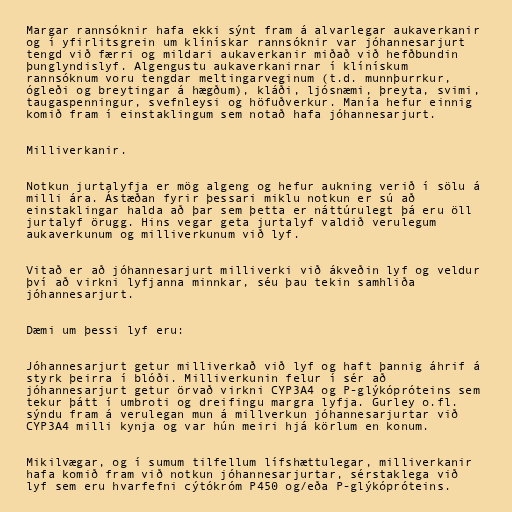
Margar rannsóknir hafa ekki sýnt fram á alvarlegar aukaverkanir
og í yfirlitsgrein um klínískar rannsóknir var jóhannesarjurt
tengd við færri og mildari aukaverkanir miðað við hefðbundin
þunglyndislyf. Algengustu aukaverkanirnar í klínískum
rannsóknum voru tengdar meltingarveginum (t.d. munnþurrkur,
ógleði og breytingar á hægðum), kláði, ljósnæmi, þreyta, svimi,
taugaspenningur, svefnleysi og höfuðverkur. Manía hefur einnig
komið fram í einstaklingum sem notað hafa jóhannesarjurt.

Milliverkanir.

Notkun jurtalyfja er mög algeng og hefur aukning verið í sölu á
milli ára. Ástæðan fyrir þessari miklu notkun er sú að
einstaklingar halda að þar sem þetta er náttúrulegt þá eru öll
jurtalyf örugg. Hins vegar geta jurtalyf valdið verulegum
aukaverkunum og milliverkunum við lyf.

Vitað er að jóhannesarjurt milliverki við ákveðin lyf og veldur
því að virkni lyfjanna minnkar, séu þau tekin samhliða
jóhannesarjurt.

Dæmi um þessi lyf eru:

Jóhannesarjurt getur milliverkað við lyf og haft þannig áhrif á
styrk þeirra í blóði. Milliverkunin felur í sér að
jóhannesarjurt getur örvað virkni CYP3A4 og P-glýkópróteins sem
tekur þátt í umbroti og dreifingu margra lyfja. Gurley o.fl.
sýndu fram á verulegan mun á millverkun jóhannesarjurtar við
CYP3A4 milli kynja og var hún meiri hjá körlum en konum.

Mikilvægar, og í sumum tilfellum lífshættulegar, milliverkanir
hafa komið fram við notkun jóhannesarjurtar, sérstaklega við
lyf sem eru hvarfefni cýtókróm P450 og/eða P-glýkópróteins.